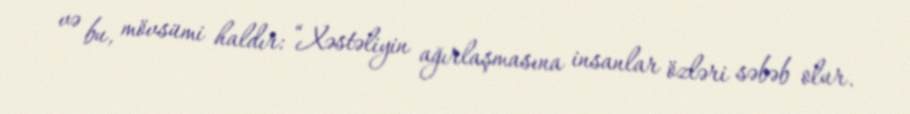
və bu, mövsümi haldır: “Xəstəliyin ağırlaşmasına insanlar özləri səbəb olur.